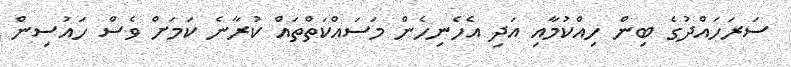
ސަރަހައްދުގެ ބިން ހިއްކުމާއި އަދި އެހެނިހެން މަސައްކަތްތައް ކުރާނެ ކަމަށް ވެސް ހައުސިން